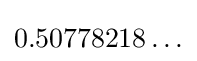
0.50778218\ldots